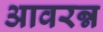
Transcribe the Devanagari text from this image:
आवरन्न